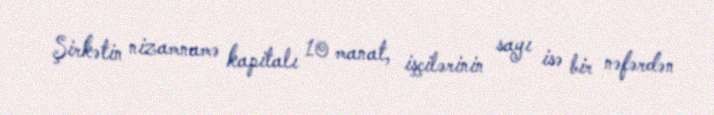
Şirkətin nizamnamə kapitalı 10 manat, işçilərinin sayı isə bir nəfərdən